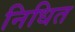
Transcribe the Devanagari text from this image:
निधित